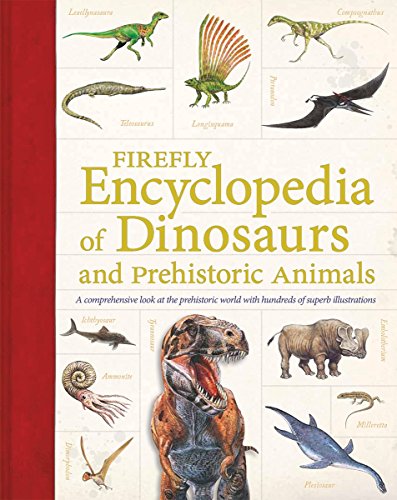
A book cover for Firefly Encyclopedia of Dinosaurs and Prehistoric Animals; Reference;